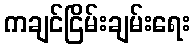
ကချင်ငြိမ်းချမ်းရေး